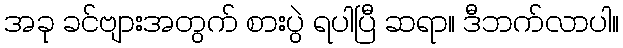
အခု ခင်ဗျားအတွက် စားပွဲ ရပါပြီ ဆရာ။ ဒီဘက်လာပါ။